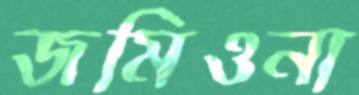
জমিওনা